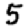
Digit: 5